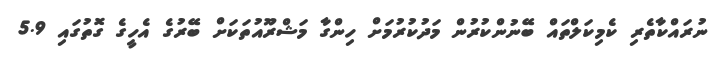
ނުރައްކާތެރި ކެމިކަލްތައް ބޭނުންކުރުން މަދުކުރުމަށް ހިންގާ މަޝްރޫއުތަކަށް ބޭރުގެ އެހީގެ ގޮތުގައި 5.9